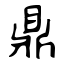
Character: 鼎